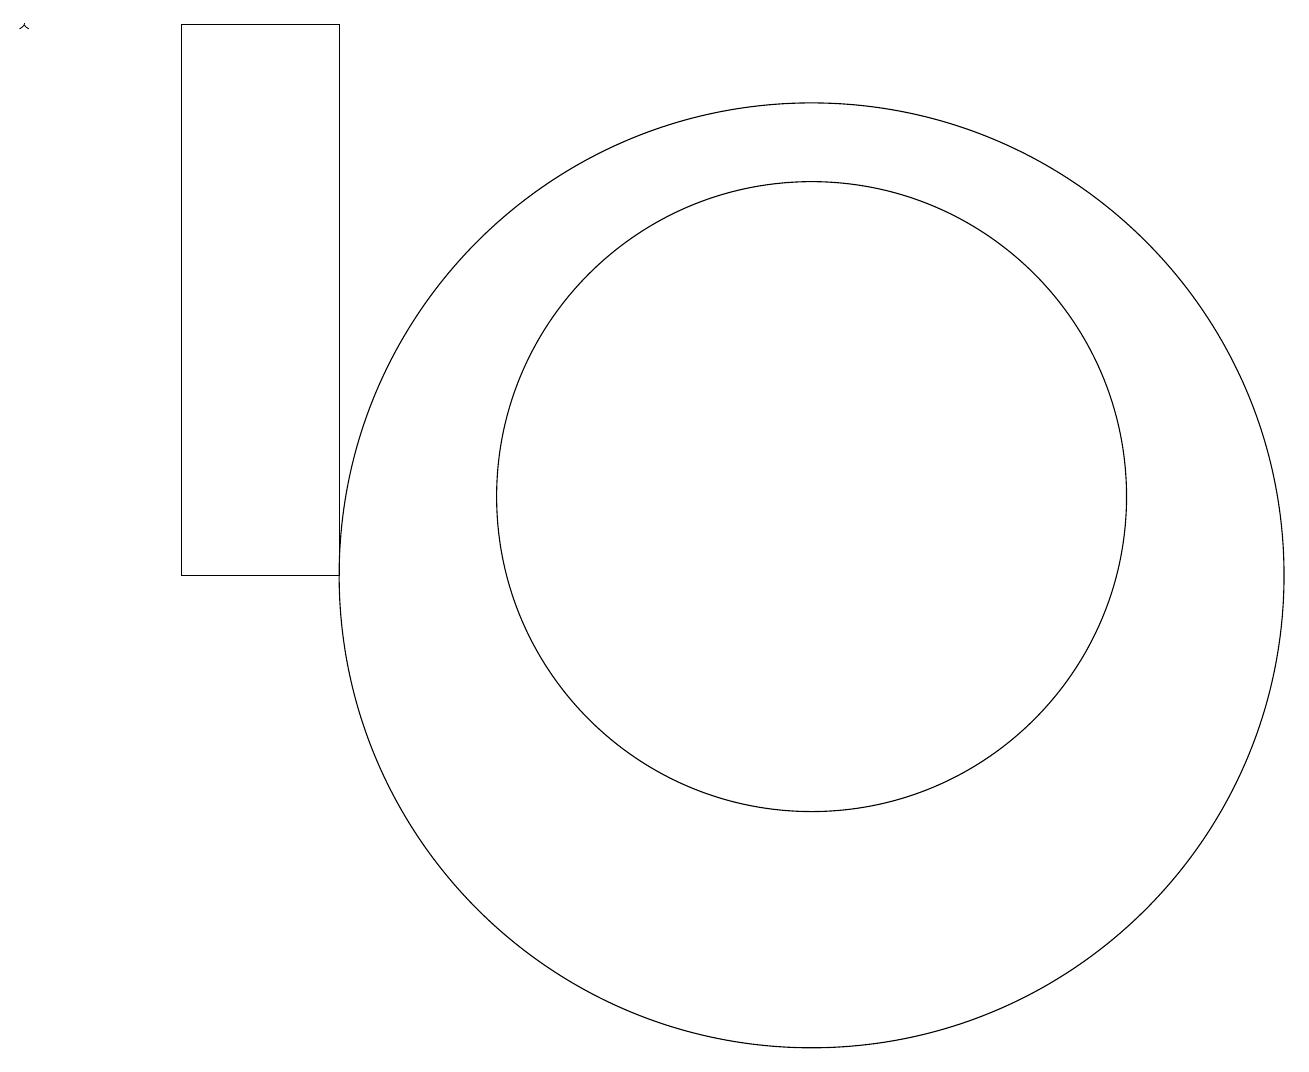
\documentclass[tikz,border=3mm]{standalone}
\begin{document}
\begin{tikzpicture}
\draw (5,10) rectangle (3,17);
\draw (11,11) circle (4);
\draw (11,10) circle (6);
\draw[->] (1,17) -- (1,17);
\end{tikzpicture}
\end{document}